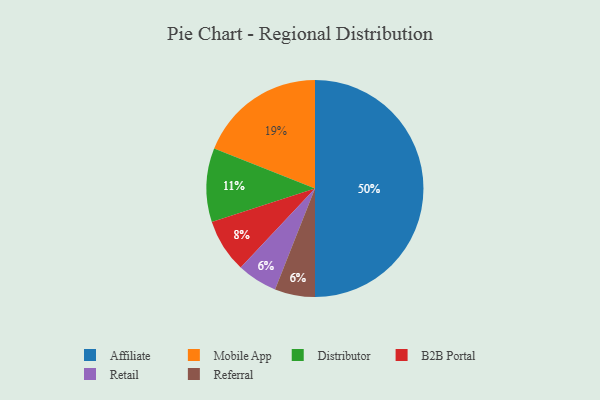
{"axis": {"x": "Category", "y": "Percentage"}, "legend": ["Affiliate", "B2B Portal", "Distributor", "Mobile App", "Referral", "Retail"], "data": [{"x": "Retail", "y": 6, "type": "Retail"}, {"x": "Referral", "y": 6, "type": "Referral"}, {"x": "Affiliate", "y": 50, "type": "Affiliate"}, {"x": "Mobile App", "y": 19, "type": "Mobile App"}, {"x": "B2B Portal", "y": 8, "type": "B2B Portal"}, {"x": "Distributor", "y": 11, "type": "Distributor"}]}